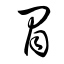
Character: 冒